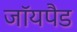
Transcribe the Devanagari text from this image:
जॉयपैड